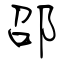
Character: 邵